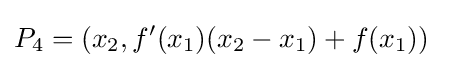
P_{4}=(x_{2},f'(x_{1})(x_{2}-x_{1})+f(x_{1}))\;